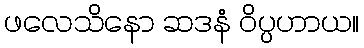
ဖလေသိနော ဆဒနံ ဝိပ္ပဟာယ။